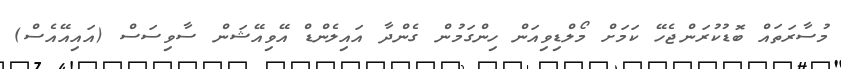
މުސާރަތައް ބޮޑުކުރަންޖެހޭ ކަމަށް މޯލްޑިވިއަން ހިންގަމުން ގެންދާ އައިލެންޑް އޭވިއޭޝަން ސާވިސަސް (އައިއޭއެސް)